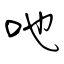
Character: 吔